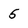
Character: 5